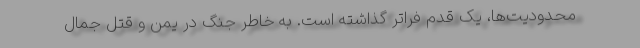
محدودیت‌ها، یک قدم فراتر گذاشته است. به خاطر جنگ در یمن و قتل جمال